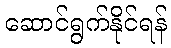
ဆောင်ရွက်နိုင်ရန်